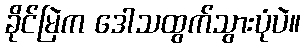
ခိုင်မြဲက ဒေါသထွက်သွားပုံပဲ။